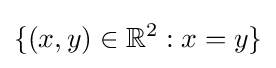
\{(x,y)\in \mathbb {R} ^{2}:x=y\}